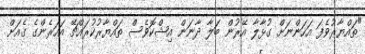
"ތައްޔާރުވެފަ އަހަންނަށް ގުޅާލާ އޭރުން ބަލާ ދާނަން އިޝްކޮވެސް ތައްޔާރުކުރައްޗޭ އަހަރެންގެ ގެއަށް